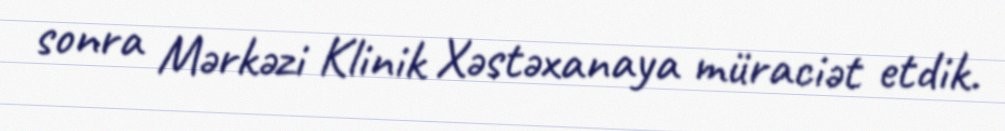
sonra Mərkəzi Klinik Xəstəxanaya müraciət etdik.